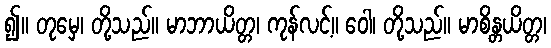
၍။ တုမှေ၊ တို့သည်။ မာဘာယိတ္တ၊ ကုန်လင့်။ ဝေါ၊ တို့သည်။ မာစိန္တယိတ္တ၊